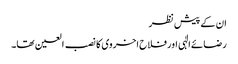
ان کے پیش نظر
رضائے الٰہی اور فلاح اخروی کا نصب العین تھا۔